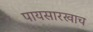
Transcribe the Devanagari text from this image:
पायसारखाच